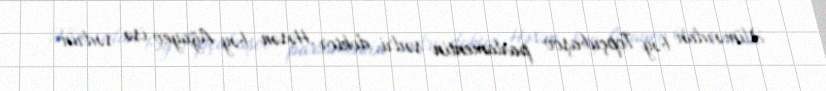
Əlimərdan bəy Topçubaşov parlamentin sədri, doktor Həsən bəy Ağayev isə sədrin